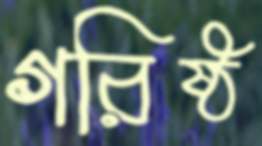
গরিষ্ঠ